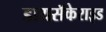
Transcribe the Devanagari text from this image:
डायसॅकेराइड